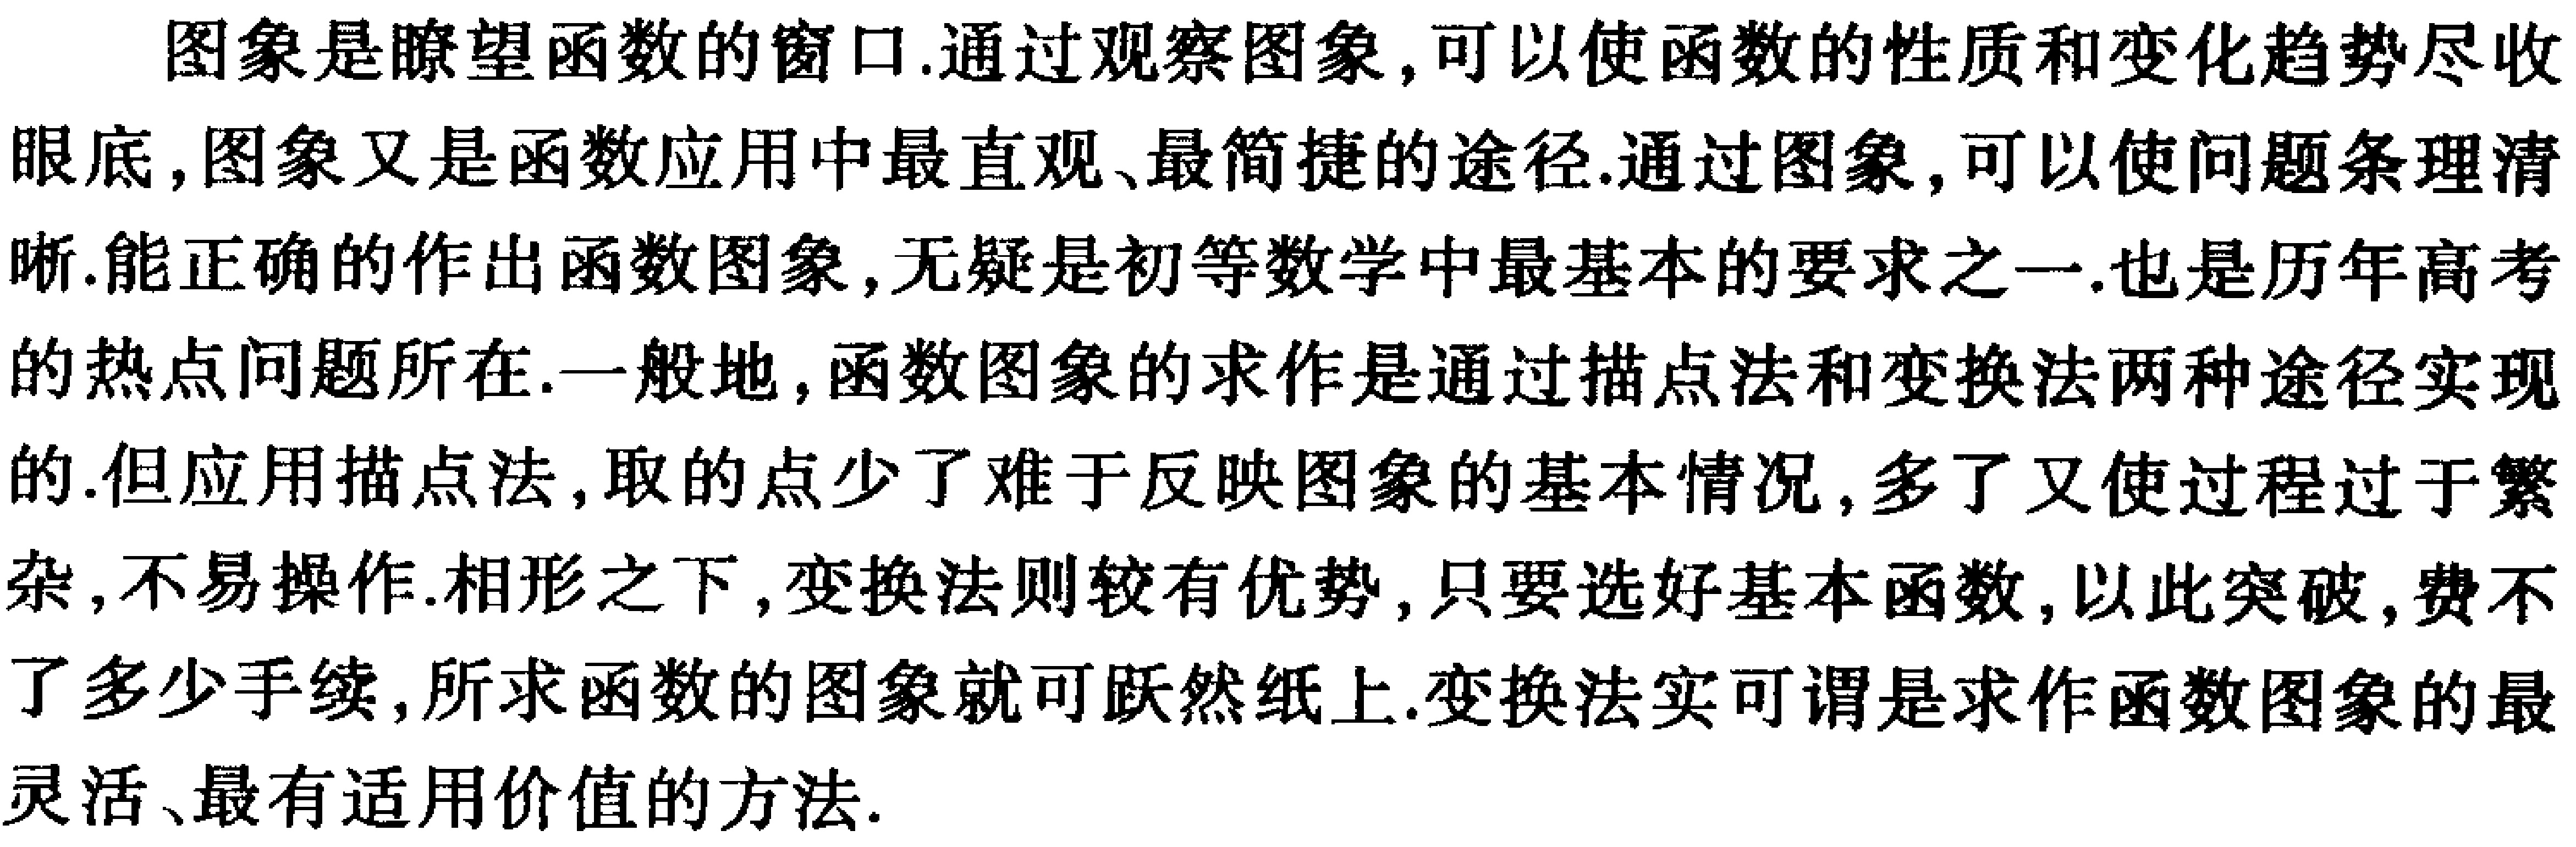
图象是瞭望函数的窗口.通过观察图象,可以使函数的性质和变化趋势尽收眼底,图象又是函数应用中最直观、最简捷的途径.通过图象,可以使问题条理清晰.能正确的作出函数图象,无疑是初等数学中最基本的要求之一.也是历年高考的热点问题所在.一般地,函数图象的求作是通过描点法和变换法两种途径实现的.但应用描点法,取的点少了难于反映图象的基本情况,多了又使过程过于繁杂,不易操作.相形之下,变换法则较有优势,只要选好基本函数,以此突破,费不了多少手续,所求函数的图象就可跃然纸上.变换法实可谓是求作函数图象的最灵活、最有适用价值的方法.